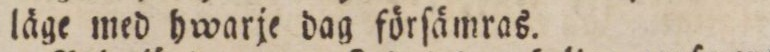
läge med hwarje dag förſämras.